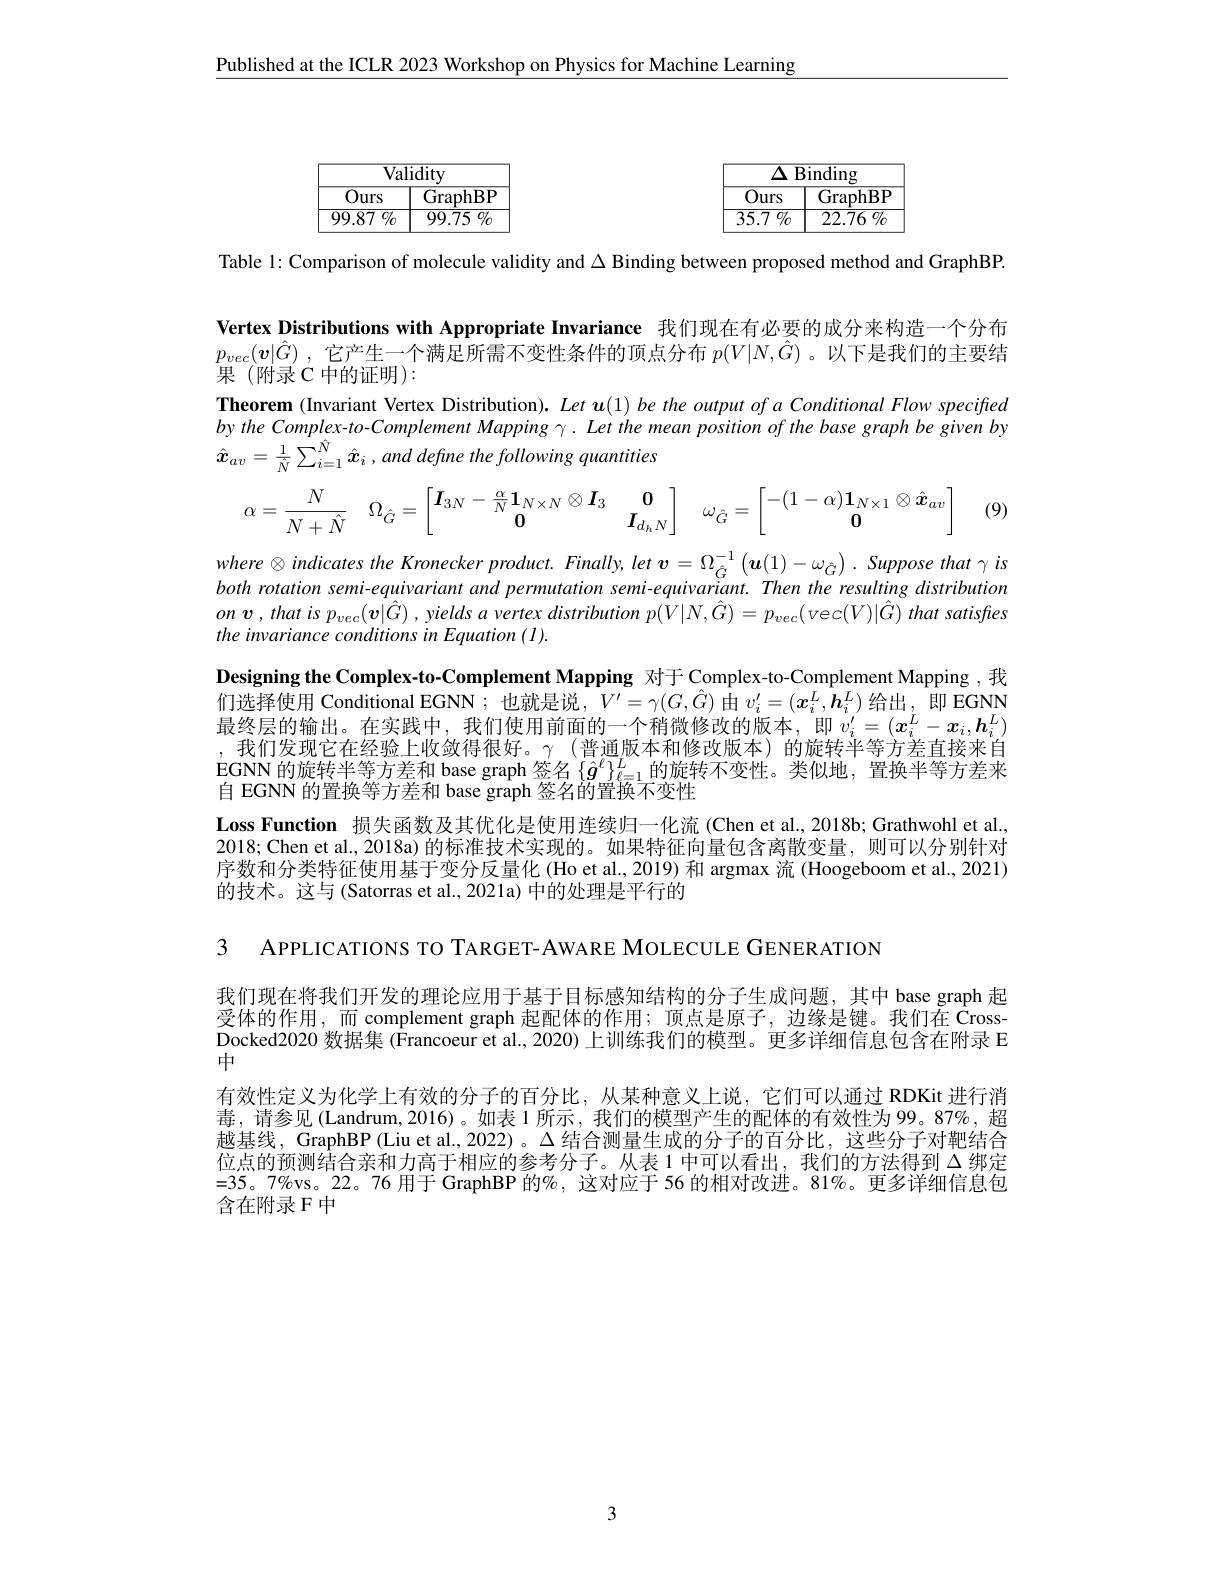
$\underline{\text{Published at the ICLR 2023 Workshop on Physics for Machine Learning}}$

${\overline{{\mathrm{Validity}}}}$
$\boxed{\mathrm{Ours}\:\mathrm{GraphBP}}$ $\begin{array}{|c|c|c}\hline99.87\%&99.75\%\\\hline\end{array}$

<table>
	<tbody>
		<tr>
			<th>$\overline{\Delta}$ $1F$ 1 1</th>
			<th>$\overline{3\mathrm{inding}}$</th>
		</tr>
		<tr>
			<td>$\overline{Ours}$</td>
			<td>$\overline{{\mathrm{GraphBF}}}$</td>
		</tr>
		<tr>
			<td>$\overline{35.7\:\%}$</td>
			<td>22.76 $\%$</td>
		</tr>
	</tbody>
</table>

Table 1: Comparison of molecule validity and $\Delta$ Binding between proposed method and GraphBP.

Vertex Distributions with Appropriate Invariance 我们现在有必要的成分来构造一个分布$p_{vec}( \boldsymbol{v}| \hat{G} )$ ,它产生一个满足所需不变性条件的顶点分布$p(V|N,\hat{G})$ 。以下是我们的主要结果(附录C中的证明):
Theorem (Invariant Vertex Distribution). $Let\boldsymbol{u}(1)betheoutputofaConditionalFlowspecified$ by the Complex-to-Complement Mapping $\gamma.$ Let the mean position of the base graph be given by $\hat{x} _{av}= \frac 1{\hat{N} }\sum _{i= 1}^{\hat{N} }\hat{x} _{i}$ $, and$ define the following quantities
$$\alpha=\dfrac{N}{N+\hat{N}}\quad\Omega_{\hat{G}}=\begin{bmatrix}\boldsymbol{I}_{3N}-\frac{\alpha}{N}\boldsymbol{1}_{N\times N}\otimes\boldsymbol{I}_{3}&\boldsymbol{0}\\\mathbf{0}&\boldsymbol{I}_{d_{h}N}\end{bmatrix}\quad\omega_{\hat{G}}=\begin{bmatrix}-(1-\alpha)\boldsymbol{1}_{N\times1}\otimes\hat{\boldsymbol{x}}_{av}\\\mathbf{0}\end{bmatrix}$$
(9)

$where\otimes indicates$ the Kronecker $product.$ $Finally$, let $v= \Omega _{\hat{G} }^{- 1}\left ( \boldsymbol{u}( 1) - \omega _{\hat{G} }\right ) .$ Suppose $that\gamma$ $is$ both rotation semi-equivariant and permutation semi-equivariant. Then the resulting distribution $on$ $v$ , that $is$ $p_{vec}( \boldsymbol{v}| \hat{G} )$ , yields $a$ vertex distribution $p( V| N, \hat{G} ) = p_{vec}( vec( V) | \hat{G} )$ that satisfres the invariance conditions in Equation (1).

Designing the Complex-to-Complement Mapping 对于 Complex-to-Complement Mapping ,我们选择使用 Conditional EGNN ; 也就是说，$V^{\prime}=\gamma(G,\hat{G})$由$v_i^{\prime}=(x_i^L,\boldsymbol{h}_i^L)$给出，即 EGNN 最终层的输出。在实践中，我们使用前面的一个稍微修改的版本，即$v_i^{\prime}=(x_i^L-x_i,\boldsymbol{h}_i^L)$ ,我们发现它在经验上收敛得很好。$\gamma$(普通版本和修改版本)的旋转半等方差直接来自EGNN 的旋转半等方差和 base graph 签名 $\{\hat{g}^\ell\}_{\ell=1}^L$的旋转不变性。类似地，置换半等方差来自 EGNN 的置换等方差和 base graph 签名的置换不变性
Loss Function 损失函数及其优化是使用连续归一化流 (Chen et al.,2018b;Grathwohl et al., 2018; Chen et al., 2018a) 的标准技术实现的。如果特征向量包含离散变量，则可以分别针对序数和分类特征使用基于变分反量化 (Ho et al.,2019) 和 argmax 流 (Hoogeboom et al., 2021) 的技术。这与(Satorras et al., 2021a) 中的处理是平行的

3 APPLICATIONS TO TARGET-AWARE MOLECULE GENERATION

我们现在将我们开发的理论应用于基于目标感知结构的分子生成问题，其中 base graph 起受体的作用，而 complement graph 起配体的作用；顶点是原子，边缘是键。我们在 CrossDocked2020 数据集 (Francoeur et al., 2020) 上训练我们的模型。更多详细信息包含在附录 E 中
有效性定义为化学上有效的分子的百分比，从某种意义上说，它们可以通过 RDKit 进行消毒，请参见(Landrum,2016)。如表 1 所示，我们的模型产生的配体的有效性为 99。87%,超越基线，GraphBP (Liu et al., 2022)。$\Delta$结合测量生成的分子的百分比，这些分子对靶结合位点的预测结合亲和力高于相应的参考分子。从表 1 中可以看出，我们的方法得到$\Delta$绑定$=35。7\%$vs。22。76 用于 GraphBP 的%,这对应于 56 的相对改进。81%。更多详细信息包含在附录 F 中

3